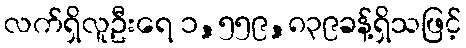
လက်ရှိလူဦးရေ ၁,၅၅၉,၈၃၉ခန့်ရှိသဖြင့်